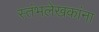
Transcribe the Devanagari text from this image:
स्तंभलेखकांना